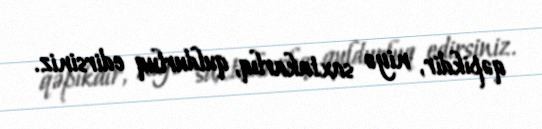
qəpikdir, niyə saxtakarlıq, quldurluq edirsiniz.